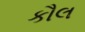
કૌલ